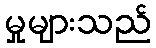
မှုများသည်